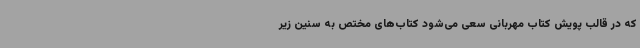
که در قالب پویش کتاب مهربانی سعی می‌شود کتاب‌های مختص به سنین زیر